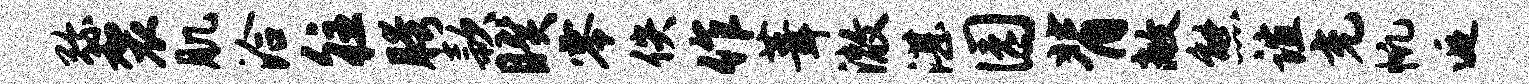
弥袈肌洽往胯款睽零佚作葺澈湛园背敞熊谊充帆逅